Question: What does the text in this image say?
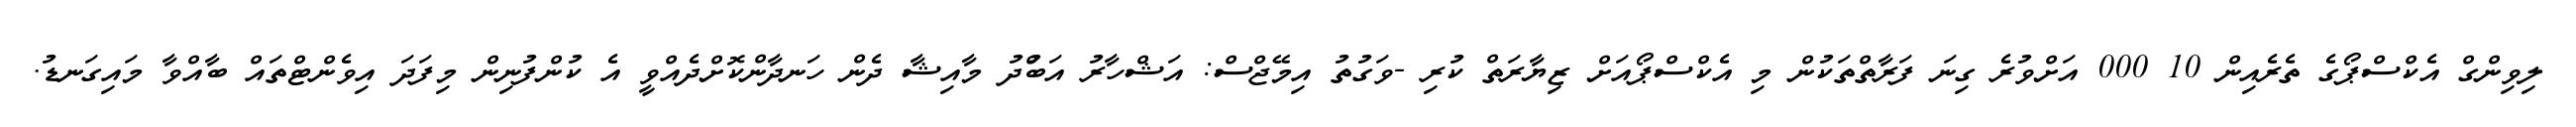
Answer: ލިވިންގް އެކްސްޕޯގެ ތެރެއިން 10 000 އަށްވުރެ ގިނަ ފަރާތްތަކުން މި އެކްސްޕޯއަށް ޒިޔާރަތް ކުރި -ވަގުތު އިމޭޖްސް: އަޝްހާރު އަބްުދު މާއިޝާ ދެން ހަނދާންކޮށްދެއްވީ އެ ކުންފުނިން މިފަދަ އިވެންޓްތައް ބާއްވާ މައިގަނޑު.